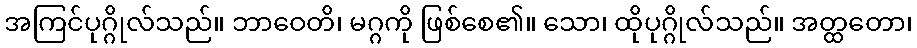
အကြင်ပုဂ္ဂိုလ်သည်။ ဘာဝေတိ၊ မဂ္ဂကို ဖြစ်စေ၏။ သော၊ ထိုပုဂ္ဂိုလ်သည်။ အတ္ထတော၊